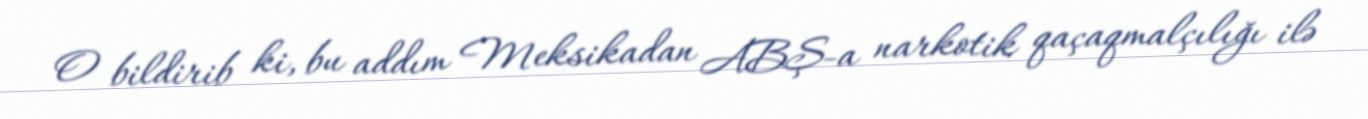
O bildirib ki, bu addım Meksikadan ABŞ-a narkotik qaçaqmalçılığı ilə